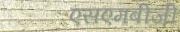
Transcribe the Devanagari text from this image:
एसएमबीजी